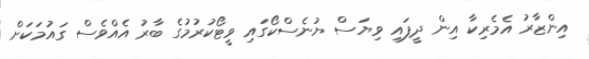
އިންޒާރު އެމެރިކާ އިން ދީފައި ވިޔަސް ޔުނެސްކޯގައި ވީޓޯކުރުމުގެ ބާރު އެއްވެސް ގައުމަކަށް